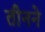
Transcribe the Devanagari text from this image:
तीनने